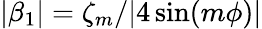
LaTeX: |\beta_{1}|=\zeta_{m}/|4\sin(m\phi)|